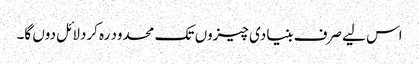
اس لیے صرف بنیادی چیزوں تک محدود رہ کردلائل دوں گا۔